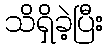
သိရှိခဲ့ပြီး